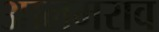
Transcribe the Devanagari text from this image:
आलमराव